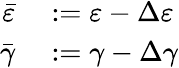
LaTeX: \begin{array}{rl}{\bar{\varepsilon}}&{{}:=\varepsilon-\Delta\varepsilon}\\ {\bar{\gamma}}&{{}:=\gamma-\Delta\gamma}\end{array}